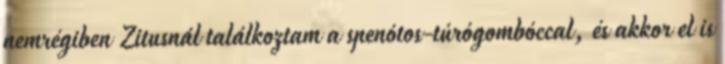
nemrégiben Zitusnál találkoztam a spenótos-túrógombóccal, és akkor el is